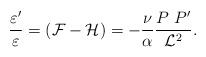
LaTeX: \begin{align*}\frac{\varepsilon '}{\varepsilon} = ({\cal F} - {\cal H} ) = - \frac{\nu}{\alpha} \frac{P~P'}{{\cal L}^2}.\end{align*}